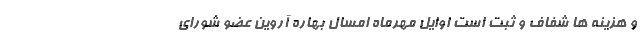
و هزینه ها شفاف و ثبت است اوایل مهرماه امسال بهاره آروین عضو شورای